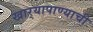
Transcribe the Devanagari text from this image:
खार्‍यापाण्याची